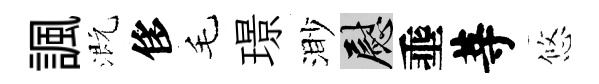
諷溉侈毛璟渺慰埀䓁悠